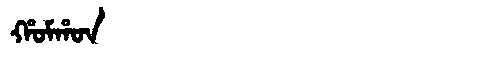
Manchu: ᡥᠣᠮᡥᠣᠨ
Romanization: HOMHON